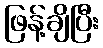
ဖြန့်ချိပြီး